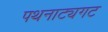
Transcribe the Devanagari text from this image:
पथनाट्यगट